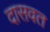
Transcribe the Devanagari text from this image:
दासवत